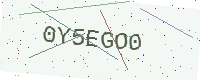
Text: 0Y5EGO0